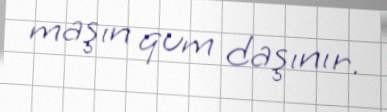
maşın qum daşınır.